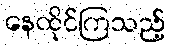
နေထိုင်ကြသည့်